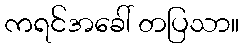
ကရင်အခေါ် တပြသာ။